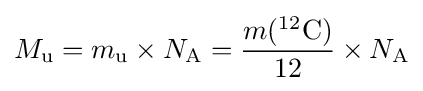
M_{\text{u}}=m_{\text{u}}\times N_{\text{A}}={\frac {m(^{12}{\text{C}})}{12}}\times N_{\text{A}}